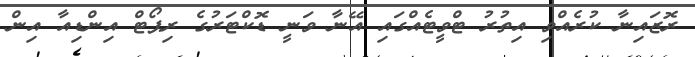
ރޮޒައިނާ ކުރެއްވި އިތުރު ޓްވީޓެއްގައި އޭނާ ވަނީ ޑޮކްޓަރުގެ ރިޕޯޓް އިންޑިއާ އިން